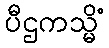
ပီဌကသ္မိံ